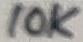
Text: 10K